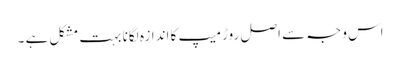
اس وجہ سے اصل روڑ میپ کا اندازہ لگانا بہت مشکل ہے ۔